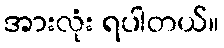
အားလုံး ရပါတယ်။